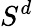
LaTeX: S^{d}